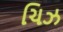
ચિઝ